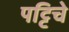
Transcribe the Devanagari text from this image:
पट्टिचे